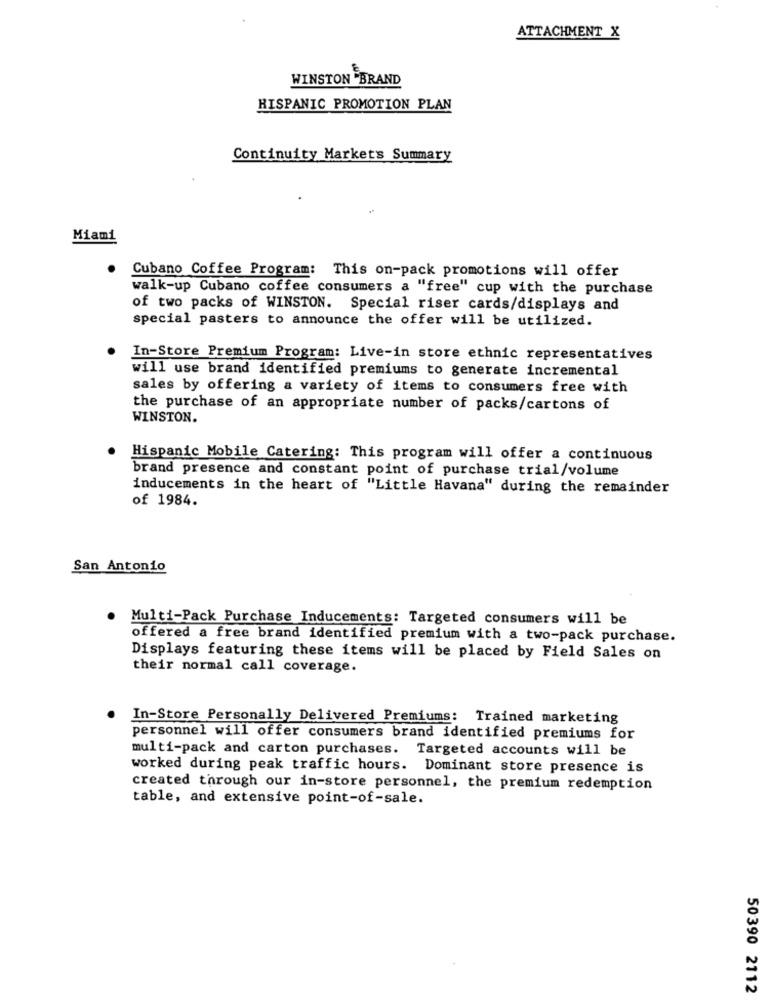
ATTACHMENT X
WINSTON BRAND
HISPANIC PROMOTION PLAN
Continuity Markets Summary
Miami
Cubano Coffee Program: This on-pack promotions will offer
walk-up Cubano coffee consumers a "free" cup with the purchase
of two packs of WINSTON. Special riser cards/displays and
special pasters to announce the offer will be utilized.
In-Store Premium Program: Live-in store ethnic representatives
will use brand identified premiums to generate incremental
sales by offering a variety of items to consumers free with
the purchase of an appropriate number of packs/cartons of
WINSTON.
Hispanic Mobile Catering: This program will offer a continuous
brand presence and constant point of purchase trial/volume
inducements in the heart of "Little Havana" during the remainder
of 1984.
San Antonio
Multi-Pack Purchase Inducements: Targeted consumers will be
offered a free brand identified premium with a two-pack purchase.
Displays featuring these items will be placed by Field Sales on
their normal call coverage.
In-Store Personally Delivered Premiums: Trained marketing
personnel will offer consumers brand identified premiums for
multi-pack and carton purchases. Targeted accounts will be
worked during peak traffic hours. Dominant store presence is
created through our in-store personnel, the premium redemption
table, and extensive point-of-sale.
50390 2112